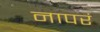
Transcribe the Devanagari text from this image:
नापरं